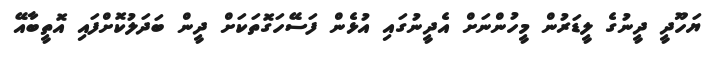
ޔަހޫދީ ދީނުގެ ލީޑަރުން މީހުންނަށް އެދީނުގައި އުޅެން ފަސޭހަގޮތަކަށް ދީން ބަދަލުކޮށްފައި އޮތީބާއޭ